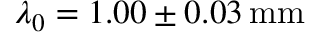
\lambda _ { 0 } = 1 . 0 0 \pm 0 . 0 3 \, \mathrm { m m }